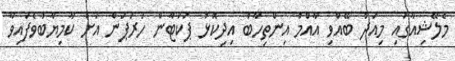
މެލޭޝިއާގައި މިއަދު ބޭއްވި އާއްމު އިންތިހާބު އިދިކޮޅު ޕަކަޓާން ހަރަޕަން އަށް ކާމިޔާބުވެފައިވާ